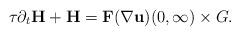
LaTeX: \begin{align*}\tau \partial_{t} \mathbf{H} + \mathbf{H} = \mathbf{F}(\nabla \mathbf{u}) (0, \infty) \times G.\end{align*}